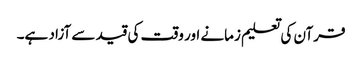
قرآن کی تعلیم زمانے اور وقت کی قید سے آزاد ہے۔